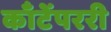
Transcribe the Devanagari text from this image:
काँटेंपररी